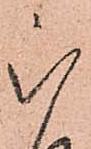
被